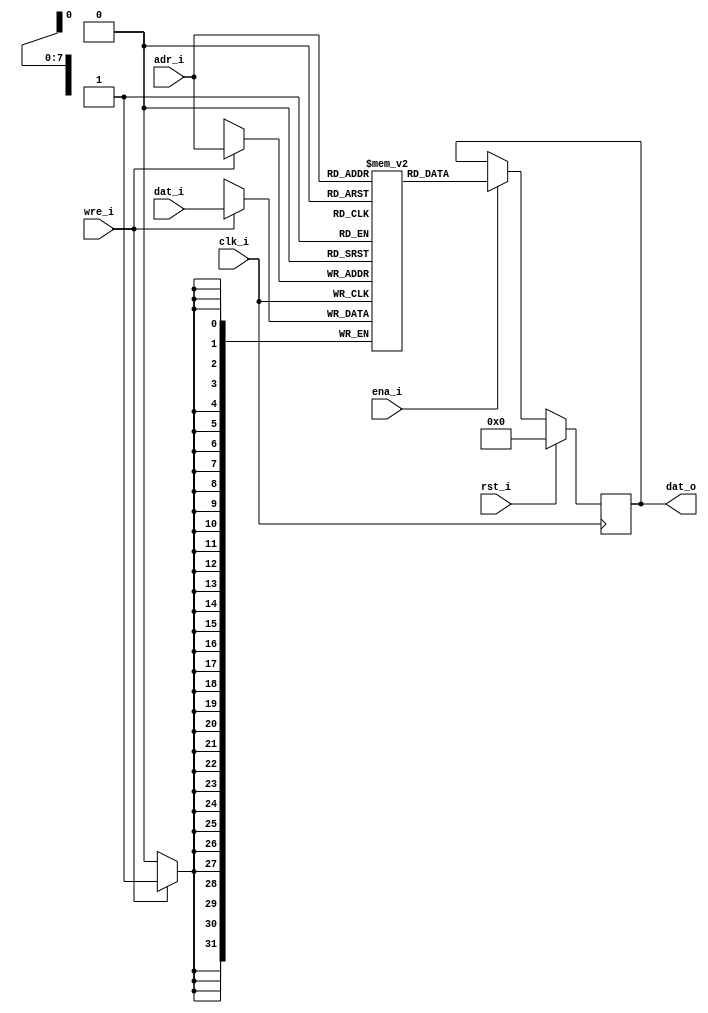
/* $Id: aeMB2_spsram.v,v 1.1 2008-04-20 16:33:39 sybreon Exp $
** 
** AEMB2 EDK 6.2 COMPATIBLE CORE
** Copyright (C) 2004-2008 Shawn Tan <shawn.tan@aeste.net>
** 
** This file is part of AEMB.
**
** AEMB is free software: you can redistribute it and/or modify it
** under the terms of the GNU Lesser General Public License as
** published by the Free Software Foundation, either version 3 of the
** License, or (at your option) any later version.
**
** AEMB is distributed in the hope that it will be useful, but WITHOUT
** ANY WARRANTY; without even the implied warranty of MERCHANTABILITY
** or FITNESS FOR A PARTICULAR PURPOSE.  See the GNU Lesser General
** Public License for more details.
**
** You should have received a copy of the GNU Lesser General Public
** License along with AEMB. If not, see <http:**www.gnu.org/licenses/>.
*/

/** 
 * @file aeMB2_spsram.v
 * @brief On-chip singla-port synchronous SRAM. 

 * Infer a write-before-read block RAM.

 * NOTES: Quartus (<=7.2) does not infer a block RAM with read enable.
 
 */
`timescale  1ns/1ps
module aeMB2_spsram (/*AUTOARG*/
   // Outputs
   dat_o,
   // Inputs
   adr_i, dat_i, wre_i, ena_i, rst_i, clk_i
   ) ;
   parameter AW = 8;
   parameter DW = 32;

   // PORT A - READ/WRITE
   output [DW-1:0] dat_o;  
   input [AW-1:0]  adr_i;
   input [DW-1:0]  dat_i;
   input 	   wre_i,
		   ena_i,		   
		   rst_i,
		   clk_i;
   
   /*AUTOREG*/
   // Beginning of automatic regs (for this module's undeclared outputs)
   reg [DW-1:0]		dat_o;
   // End of automatics
   reg [DW:1] 	   rRAM [(1<<AW)-1:0];
   reg [AW:1] 	   rADR;
   
   always @(posedge clk_i)
     if (wre_i) rRAM[adr_i] <= #1 dat_i;

   always @(posedge clk_i)
     if (rst_i)
       /*AUTORESET*/
       // Beginning of autoreset for uninitialized flops
       dat_o <= {(1+(DW-1)){1'b0}};
       // End of automatics
     else if (ena_i) 
       dat_o <= #1 rRAM[adr_i];	

   // --- SIMULATION ONLY ------------------------------------
   // synopsys translate_off
   integer i;
   initial begin
      for (i=0; i<(1<<AW); i=i+1) begin
	 rRAM[i] <= $random;	 
      end
   end
   // synopsys translate_on
   
endmodule // aeMB2_spsram